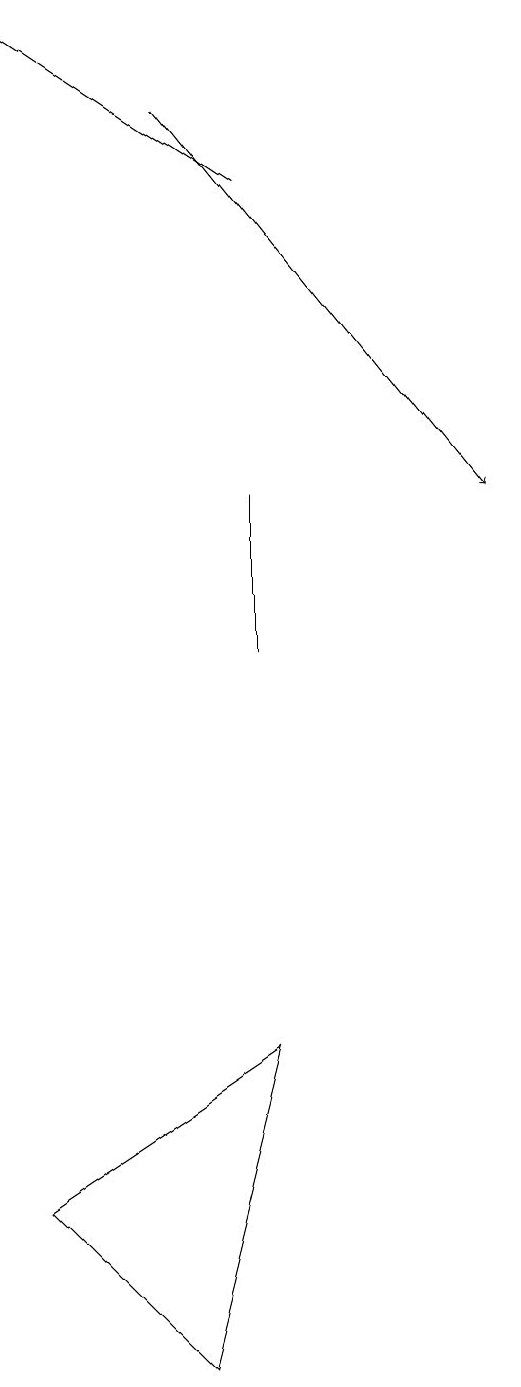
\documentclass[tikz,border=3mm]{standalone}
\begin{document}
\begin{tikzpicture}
\draw (4,13) rectangle (4,11);
\draw[->] (4,17) -- (1,19);
\draw (3,2) -- (1,4) -- (4,6) -- cycle;
\draw[->] (3,18) -- (7,13);
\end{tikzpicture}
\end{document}